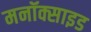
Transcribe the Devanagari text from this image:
मनॉक्साइड